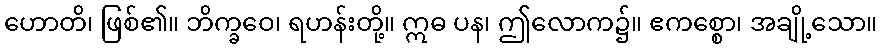
ဟောတိ၊ ဖြစ်၏။ ဘိက္ခဝေ၊ ရဟန်းတို့။ ဣဓ ပန၊ ဤလောက၌။ ဧကစ္စော၊ အချို့သော။